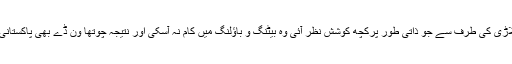
لہذا اس سلسلے میں میچ جیتنے کیلئے ہر کھلاڑی کی طرف سے جو ذاتی طور پرکچھ کوشش نظر آئی وہ بیٹنگ و باؤلنگ میں کام نہ آسکی اور نتیجہ چوتھا وَن ڈے بھی پاکستانی کرکٹ ٹیم اظہر علی کی قیادت میں ہار گئی۔